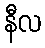
နီလ